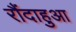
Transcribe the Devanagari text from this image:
रौंदाहुआ